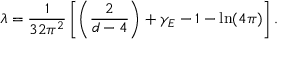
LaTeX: \lambda = { \frac { 1 } { 3 2 \pi ^ { 2 } } } \left[ \left( { \frac { 2 } { d - 4 } } \right) + \gamma _ { E } - 1 - \mathrm { l n } ( 4 \pi ) \right] .